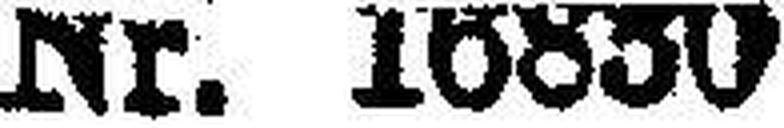
Nr. 16830